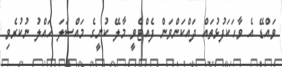
ވައްޑޭ އެ ވާހަކަފުޅުތައް ދައްކަންވަން ފެއްޓެވީ މާލޭ ކުނީގެ މައްސަލަ ހައްލު ނުކުރެވި